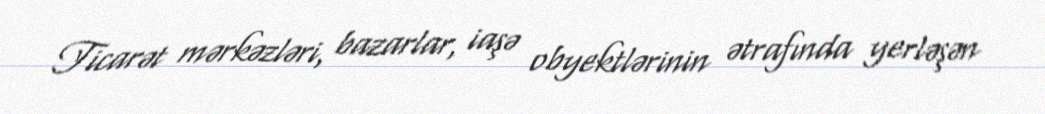
Ticarət mərkəzləri, bazarlar, iaşə obyektlərinin ətrafında yerləşən